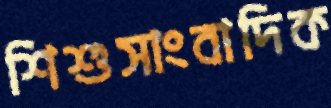
শিশুসাংবাদিক